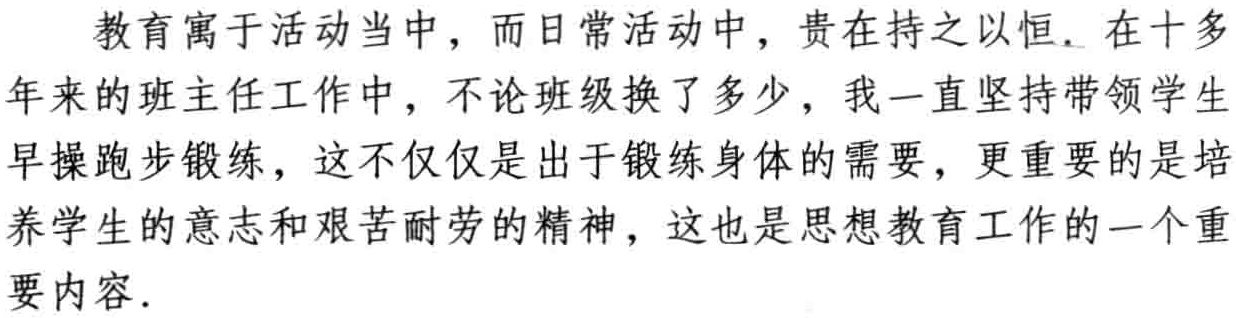
教育寓于活动当中，而日常活动中，贵在持之以恒. 在十多年来的班主任工作中，不论班级换了多少，我一直坚持带领学生早操跑步锻练，这不仅仅是出于锻练身体的需要，更重要的是培养学生的意志和艰苦耐劳的精神，这也是思想教育工作的一个重要内容.